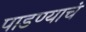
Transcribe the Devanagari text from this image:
पाडण्याचं